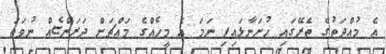
އެ މުއްދަތުގެ ތެރޭގައި ހުށަނާޅައިފި ނަމަ އެ މީހެއްގެ މައްޗަށް ދަރަންޏެއް ނުވަތަ